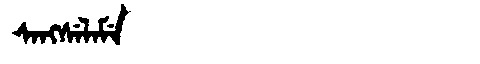
Manchu: ᠰᠠᠩᠰᡝᠯᠠᠮᡝ
Romanization: SANGSELAME